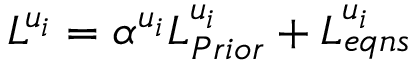
{ { L } ^ { u _ { i } } } = \alpha ^ { u _ { i } } L _ { P r i o r } ^ { u _ { i } } + L _ { e q n s } ^ { u _ { i } }